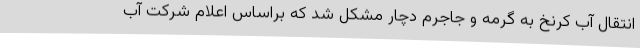
انتقال آب کرنخ به گرمه و جاجرم دچار مشکل شد که براساس اعلام شرکت آب